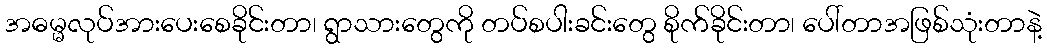
အဓမ္မလုပ်အားပေးစေခိုင်းတာ၊ ရွာသားတွေကို တပ်စပါးခင်းတွေ စိုက်ခိုင်းတာ၊ ပေါ်တာအဖြစ်သုံးတာနဲ့